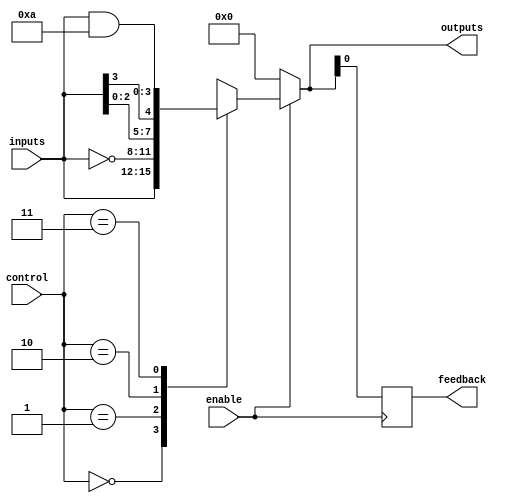
module CLB (
    input wire [3:0] inputs,        // 4 input signals
    input wire [1:0] control,       // Control signals for function selection
    input wire enable,               // Enable signal
    output reg [3:0] outputs,        // 4 output signals
    output reg feedback              // Feedback output
);

// LUT configuration based on control signals
always @(*) begin
    if (enable) begin
        case (control)
            2'b00: outputs = inputs;                     // Direct pass-through
            2'b01: outputs = ~inputs;                    // Inversion
            2'b10: outputs = {inputs[2:0], inputs[3]};  // Rotate left
            2'b11: outputs = inputs & 4'b1010;           // AND with a mask
            default: outputs = 4'b0000;                  // Default case
        endcase
    end else begin
        outputs = 4'b0000; // Disable outputs when not enabled
    end
end

// Feedback path example
always @(posedge enable) begin
    feedback <= outputs[0]; // Example feedback from the first output
end

endmodule